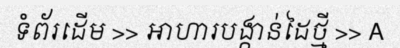
ទំព័រដើម >> អាហារបង្កាន់ដៃថ្មី >> A